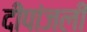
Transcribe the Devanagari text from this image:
दीपांजली